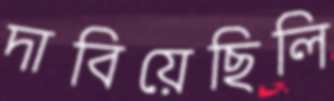
দাবিয়েছিলি